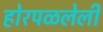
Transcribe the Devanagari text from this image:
होरपळलेली